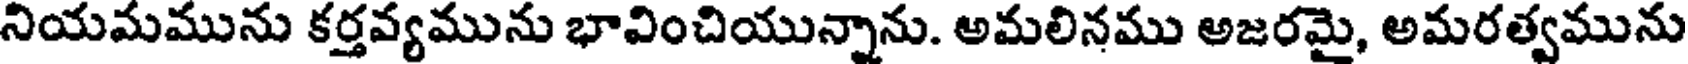
నియమమును కర్తవ్యమును భావించియున్నాను. అమలినము అజరమై, అమరత్వమును